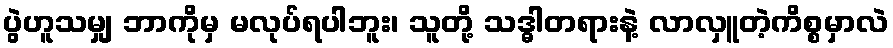
ပွဲဟူသမျှ ဘာကိုမှ မလုပ်ရပါဘူး၊ သူတို့ သဒ္ဓါတရားနဲ့ လာလှူတဲ့ကိစ္စမှာလဲ